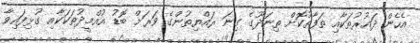
އެހެން ދައުރުތަކާއި ތަފާތުކޮށް ތިނަދޫގެ ގިނަ ރައްޔިތުންގެ ވަރަށް ބޮޑު އުއްމީދުތަކަކާއި ގުޅިފައިވާ